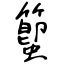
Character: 蠞